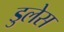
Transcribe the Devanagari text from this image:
डुलेस